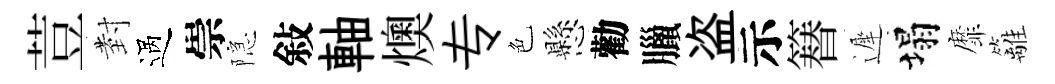
荳𭔹過崇隠敍軸燠专色懸勸臘盗示簮遲塌靡籬